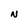
Character: N